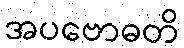
အပဗောဓတိ